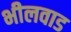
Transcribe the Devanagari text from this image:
भीलवाड